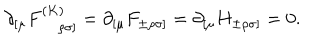
\partial _ { [ \mu } F _ { ~ \rho \sigma ] } ^ { ( K ) } = \partial _ { [ \mu } F _ { \pm \rho \sigma ] } = \partial _ { [ \mu } H _ { \pm \rho \sigma ] } = 0 .